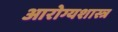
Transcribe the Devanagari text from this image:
आरोग्यशास्त्र